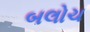
બલોચ